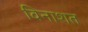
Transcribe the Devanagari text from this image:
विनाशत